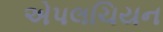
એપલચિયન